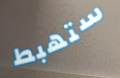
ستهبط